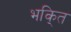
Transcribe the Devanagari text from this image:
भकि्‌त